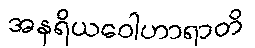
အနရိယဝေါဟာရာတိ